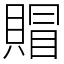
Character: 賵